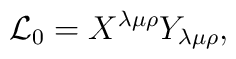
{\cal L}_0 = X^{\lambda \mu \rho} Y_{\lambda \mu \rho},